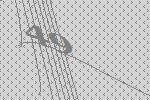
49